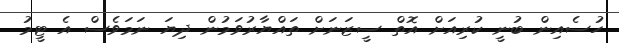
ހުސެއިން ބުނީ ކުރިއަށް އޮތް ސީޒަނަށް ތައްޔާރުވަމުން ދިޔަ ނަމަވެސް އެ ޓީމު